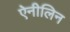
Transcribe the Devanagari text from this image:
ऐनीलिन